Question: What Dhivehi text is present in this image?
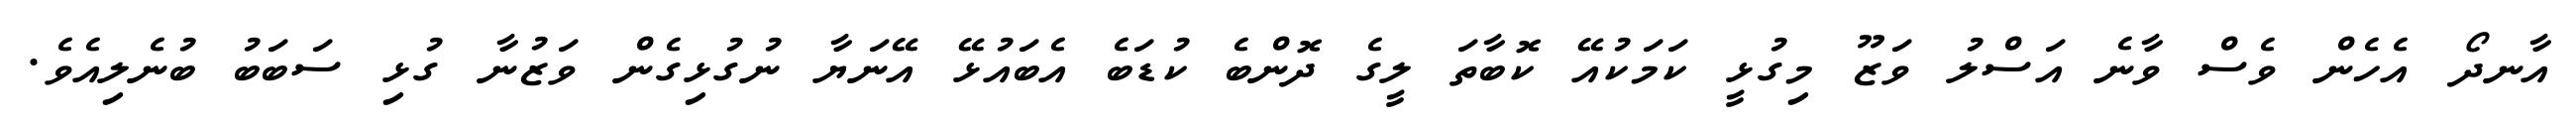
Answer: އާނދޯ އެހެން ވެސް ވާނެ އަސްލު ވަޒޫ މިގުޅީ ކަމަކުއޭ ކޮބާތަ ލީގެ ދޮންބެ ކުޑަބެ އެބައުޅޭ އޭނަޔާ ނުގުޅިގެން ވަޒުނާ ގުޅި ސަބަބު ބުނެލިއެވެ.